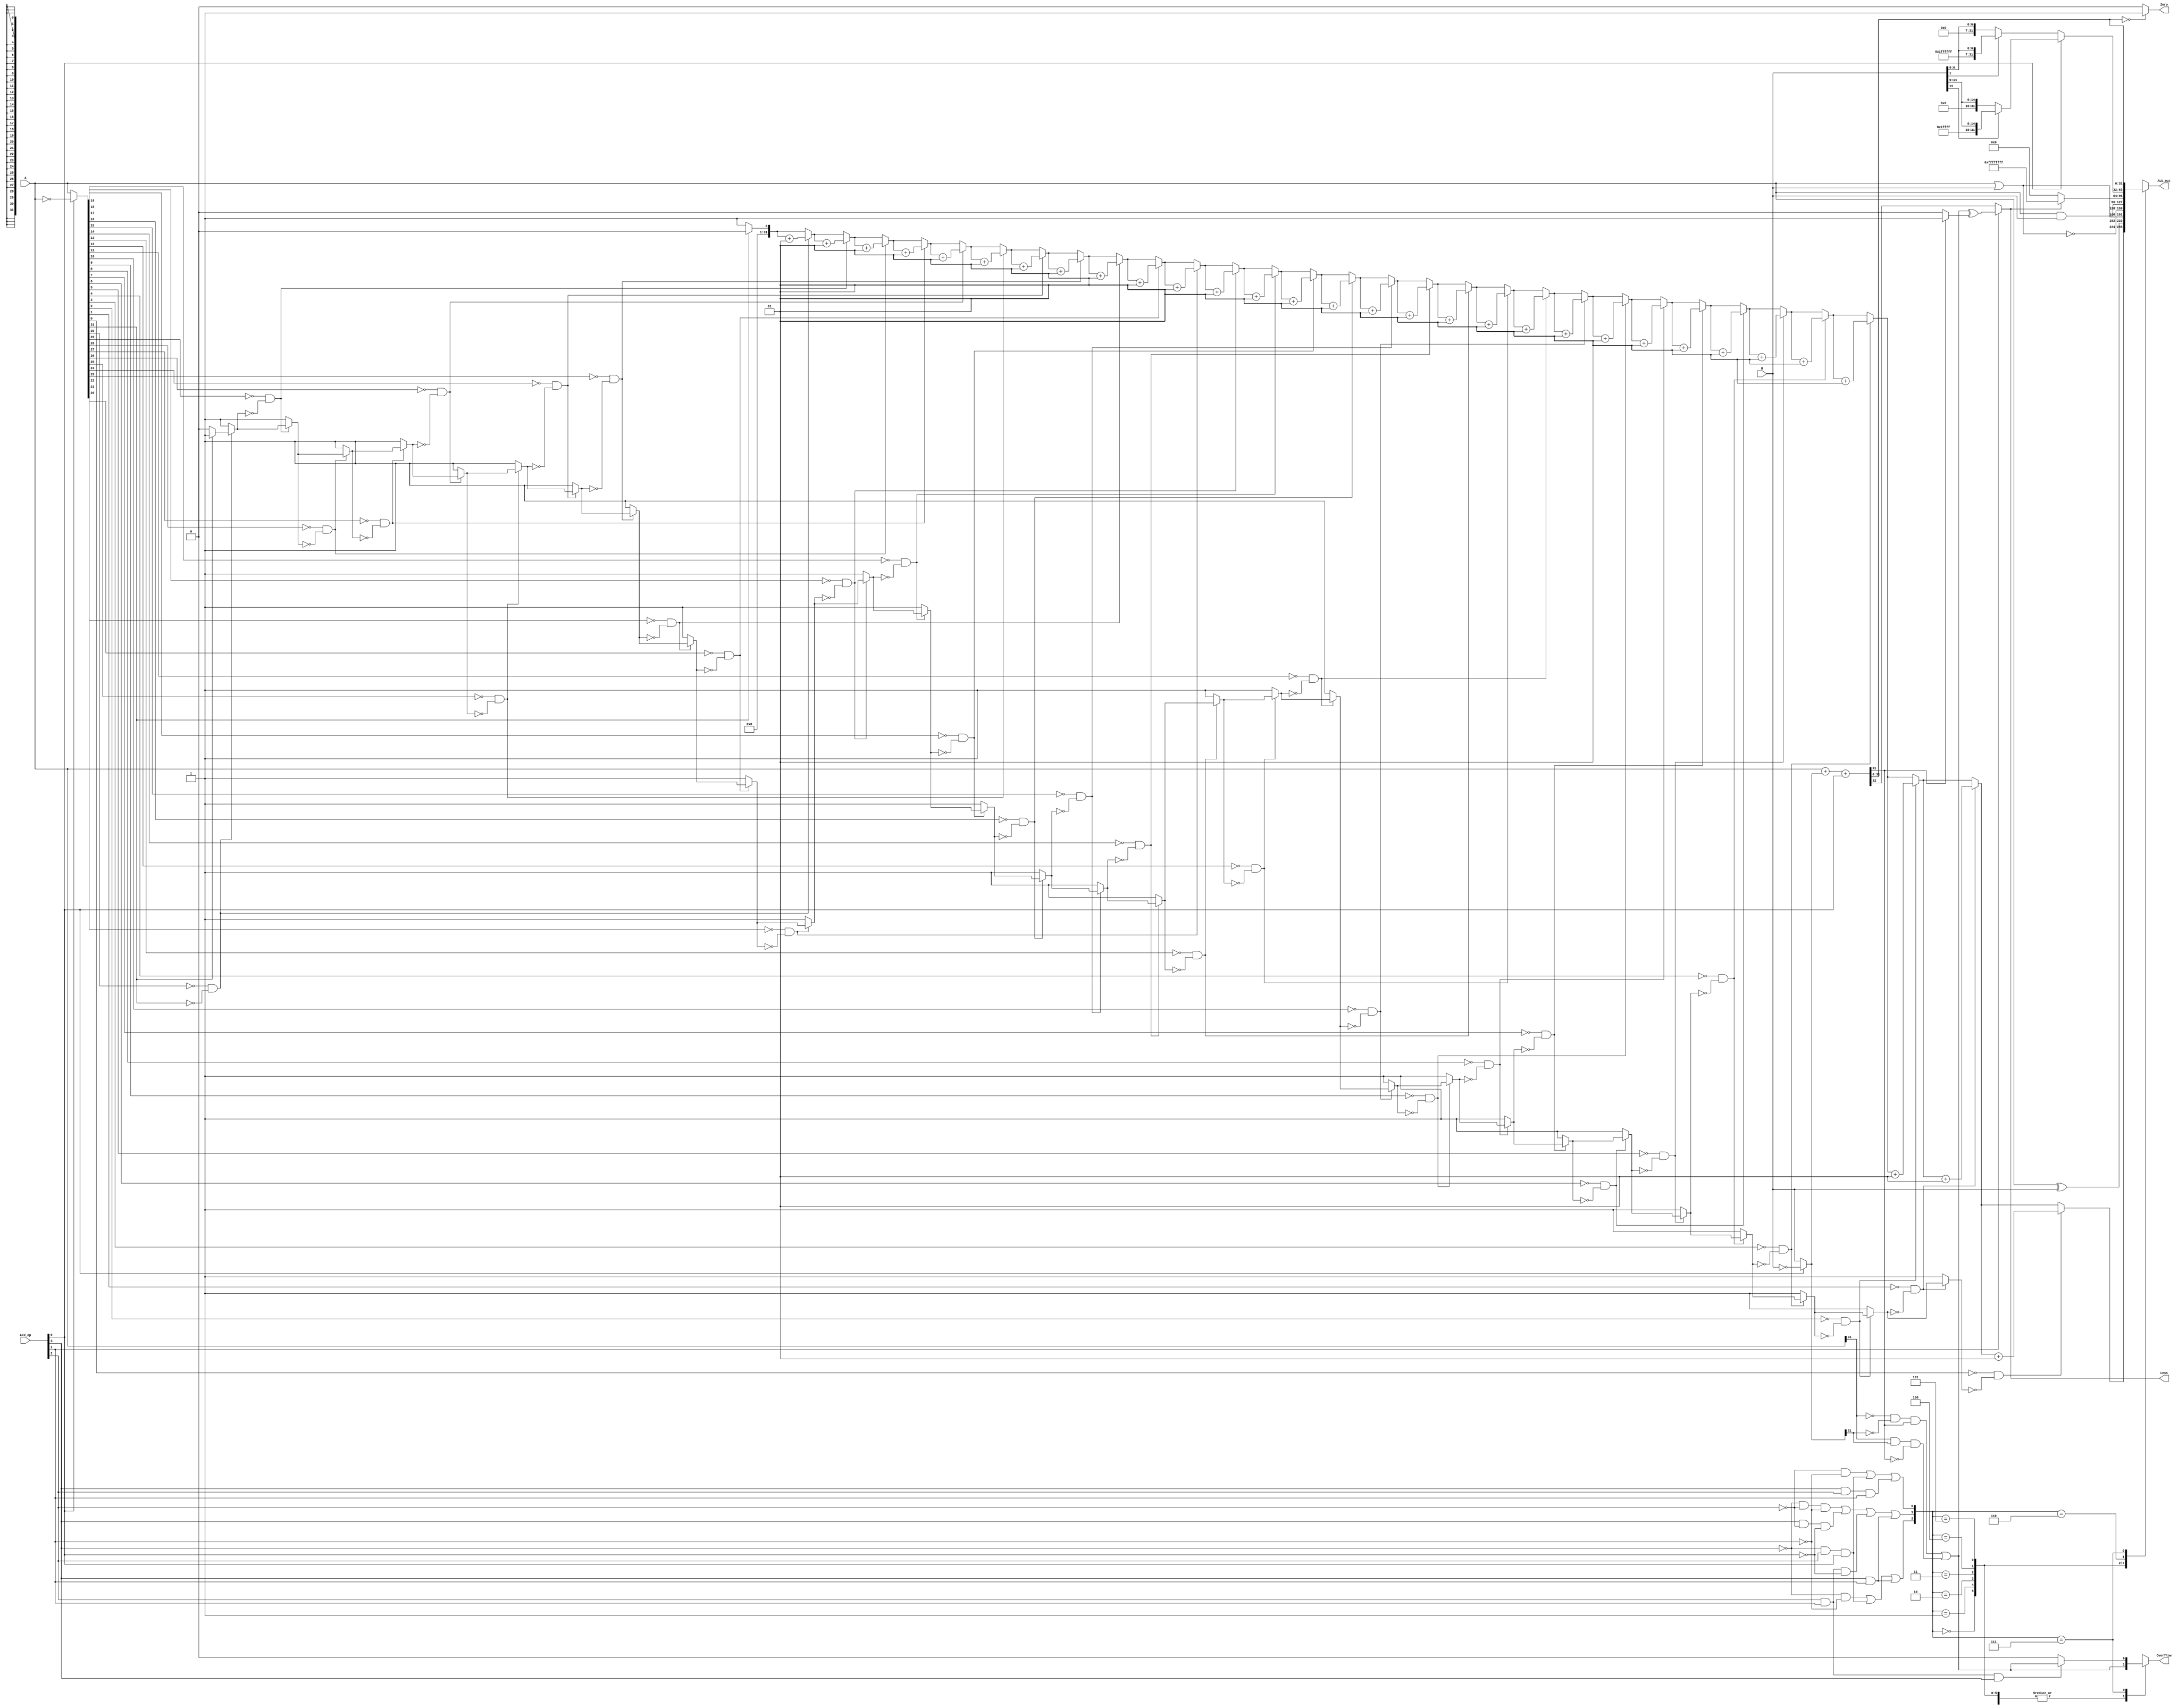
module lab3_121220307_MIPS32
(
	input [31:0] A, // the operate data A
	input [31:0] B, // the operate data B
	input [3:0] ALU_op, // the control logic
	output reg [31:0] ALU_out, // the final data to output accoring the operation
	output reg Zero,  // the flag zero
	output reg Less,  // the flag Less
	output reg Overflow // the flag overflow 
);
reg [2:0] ALU_ctr;
reg [31:0] register,tempA,tempB;
reg Carry,Negative;
integer i,j;
reg k;
always @ (*)
begin
	ALU_ctr[2]=((~ALU_op[3])&(~ALU_op[1]))|((~ALU_op[3])&(ALU_op[2])&(ALU_op[0]))|((ALU_op[3])&(ALU_op[1]));
	ALU_ctr[1]=((~ALU_op[3])&(~ALU_op[2])&(~ALU_op[1]))|((ALU_op[3])&(~ALU_op[2])&(~ALU_op[0]))|((ALU_op[2])&(ALU_op[1])&(~ALU_op[0]))|((ALU_op[3])&(ALU_op[1]));
	ALU_ctr[0]=((~ALU_op[2])&(~ALU_op[1]))|((~ALU_op[3])&(ALU_op[2])&(ALU_op[0]))|((ALU_op[3])&(ALU_op[2])&(ALU_op[1]));
	// calculate the control numbers
	tempA=A; tempB=B; // 
	if (ALU_op[0]) tempB=~tempB;   // if it is the sub operation, we need to reverse
	{Carry,register}=tempA+tempB+ALU_op[0];  // to calculate the ALU_out
	Zero=(register==32'h00000000)?1:0;  // to judge if it is zero 
	Negative=(register[31])?1:0;   // to calculate whether the output is negative
	Overflow=((~tempA[31])&(~tempB[31])&register[31])|(tempA[31]&tempB[31]&(~register[31]));  // calculate the overflow
	Less=(ALU_op[1])?(Overflow^Negative):Carry;  // calculate whether it is less or more
	case (ALU_ctr)
		3'b000: // calculate the leading zero or the leading 1's
			begin
				if (ALU_op[0])
					tempA=~tempA;
				j=0; k=0;
				for (i=31; i>=0; i=i-1)
				begin
					if (tempA[i]==0&&k==0)
					begin 
						j=j+1;
					end 
					else k=1;
				end
				ALU_out=j;
			end
		3'b001:  // operation xor
			begin
				ALU_out=A^B;
			end
		3'b010:   // operation or 
			begin
				ALU_out=A|B;
			end
		3'b011:  // operation not or 
			begin
				ALU_out=~(A|B);
			end
		3'b100:  // operation and 
			begin
				ALU_out=A&B;
			end
		3'b101: // operation slt or sltu
			begin
				ALU_out=(Less)?32'hffffffff:32'h00000000;
			end
		3'b110:  // operation seb or seh
			begin
				if (ALU_op[0])
				begin
					if (B[15])
					ALU_out={16'hffff,B[15:0]};
					else
					ALU_out={16'h0000,B[15:0]};
				end
				else
				begin
					if (B[7])
					ALU_out={24'hffffff,B[7:0]};
					else
					ALU_out={24'h000000,B[7:0]};
				end
			end
		3'b111:  // operation on add or sub
			begin
				ALU_out=register;
				Overflow=(ALU_op[1]&ALU_op[2]&ALU_op[3])?Overflow:0;
			end 
	endcase
end 
endmodule